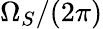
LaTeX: \Omega_{S}/(2\pi)